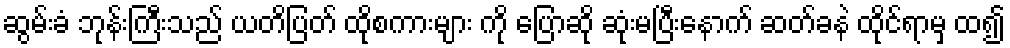
ဆွမ်းခံ ဘုန်းကြီးသည် ယတိပြတ် ထိုစကားများ ကို ပြောဆို ဆုံးမပြီးနောက် ဆတ်ခနဲ ထိုင်ရာမှ ထ၍